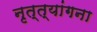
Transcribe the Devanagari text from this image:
नृत्त्यांगना